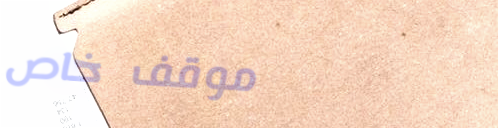
موقف خاص